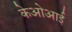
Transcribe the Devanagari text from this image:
केओआई